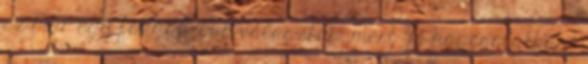
ez már egy fokkal jobb választás, mert "jó kapcsolatban"